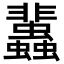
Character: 𧕿